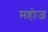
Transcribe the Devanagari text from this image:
महोज